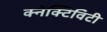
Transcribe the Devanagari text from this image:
क्नेक्टिविटी